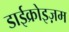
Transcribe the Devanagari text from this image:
डाईक्रोइज़म